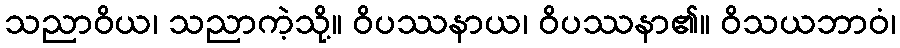
သညာဝိယ၊ သညာကဲ့သို့။ ဝိပဿနာယ၊ ဝိပဿနာ၏။ ဝိသယဘာဝံ၊